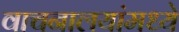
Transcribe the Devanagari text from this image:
वाचनालयांमध्ये